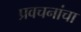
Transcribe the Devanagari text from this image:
प्रवचनांचा